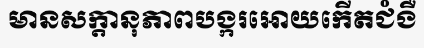
មានសក្តានុភាពបង្ករអោយកើតជំងឺ